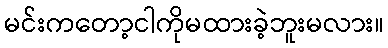
မင်းကတော့ငါကိုမထားခဲ့ဘူးမလား။